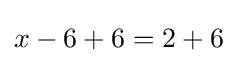
x-6+6=2+6